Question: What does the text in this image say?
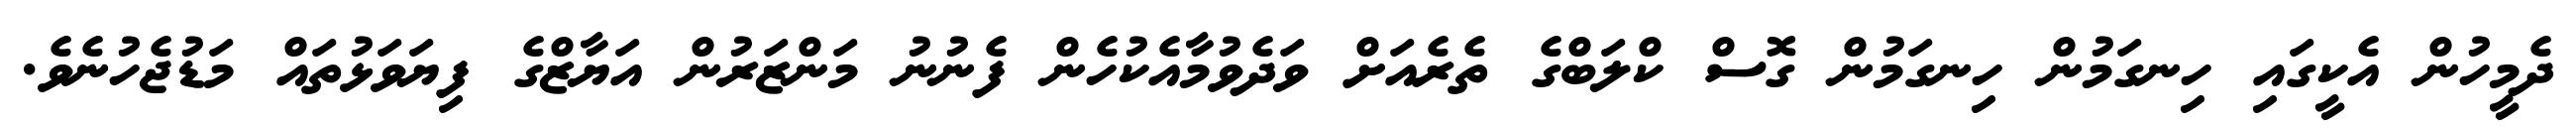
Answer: ދެމީހުން އެކީގައި ހިނގަމުން ހިނގަމުން ގޮސް ކްލަބްގެ ތެރެއަށް ވަދެވުމާއެކުހެން ފެނުނު މަންޒަރުން އަޔާޒްގެ ފިޔަވަޅުތައް މަޑުޖެހުނެވެ.